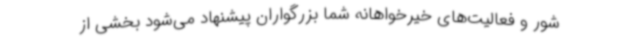
شور و فعالیت‌های خیرخواهانه شما بزرگواران پیشنهاد می‌شود بخشی از